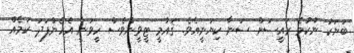
ބަޔަކު ނުކުމެ ރައީސަށް ސަނާ ކިޔަނީއެވެ. ޤައުމީ ޓީވީންވެސް ހީވަނީ އެހެންފަދަ ކަމެއް